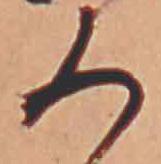
ろ